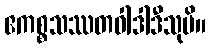
ဧကစ္စသဿတဝါဒါဒီသုပိ။